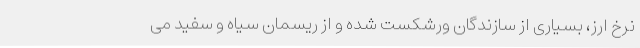
نرخ ارز، بسیاری از سازندگان ورشکست شده و از ریسمان سیاه و سفید می